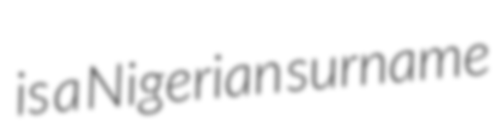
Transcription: is a Nigerian surname